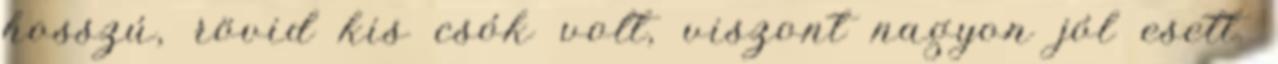
hosszú, rövid kis csók volt, viszont nagyon jól esett.